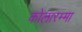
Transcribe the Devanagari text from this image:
कोलारम्मा